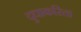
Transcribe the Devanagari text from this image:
दुधाकरिता